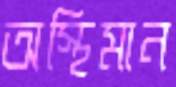
অস্থিমান